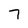
Character: 7